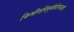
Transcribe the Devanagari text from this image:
किमीशविमुखैर्यज्ञैरवज्ञाद्दतै